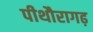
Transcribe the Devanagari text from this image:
पीथौरागढ़